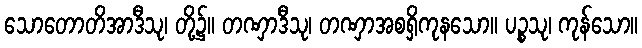
သောတောတိအာဒီသု၊ တို့၌။ တဏှာဒီသု၊ တဏှာအစရှိကုနသော။ ပဉ္စသု၊ ကုန်သော။